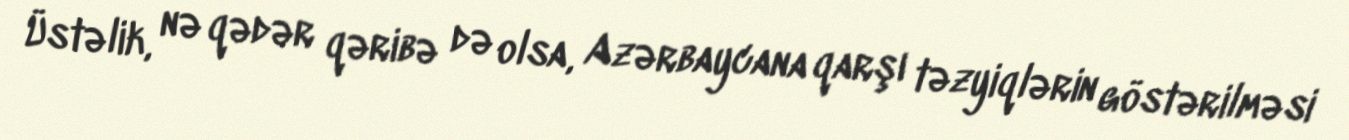
Üstəlik, nə qədər qəribə də olsa, Azərbaycana qarşı təzyiqlərin göstərilməsi